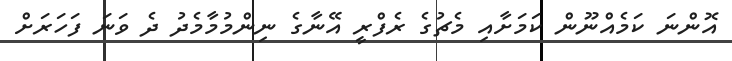
އޮންނަ ކަމެއްނޫން ކަމަށާއި މެޗުގެ ރެފްރީ އޭނާގެ ނިންމުމާމެދު ދެ ވަނަ ފަހަރަށް